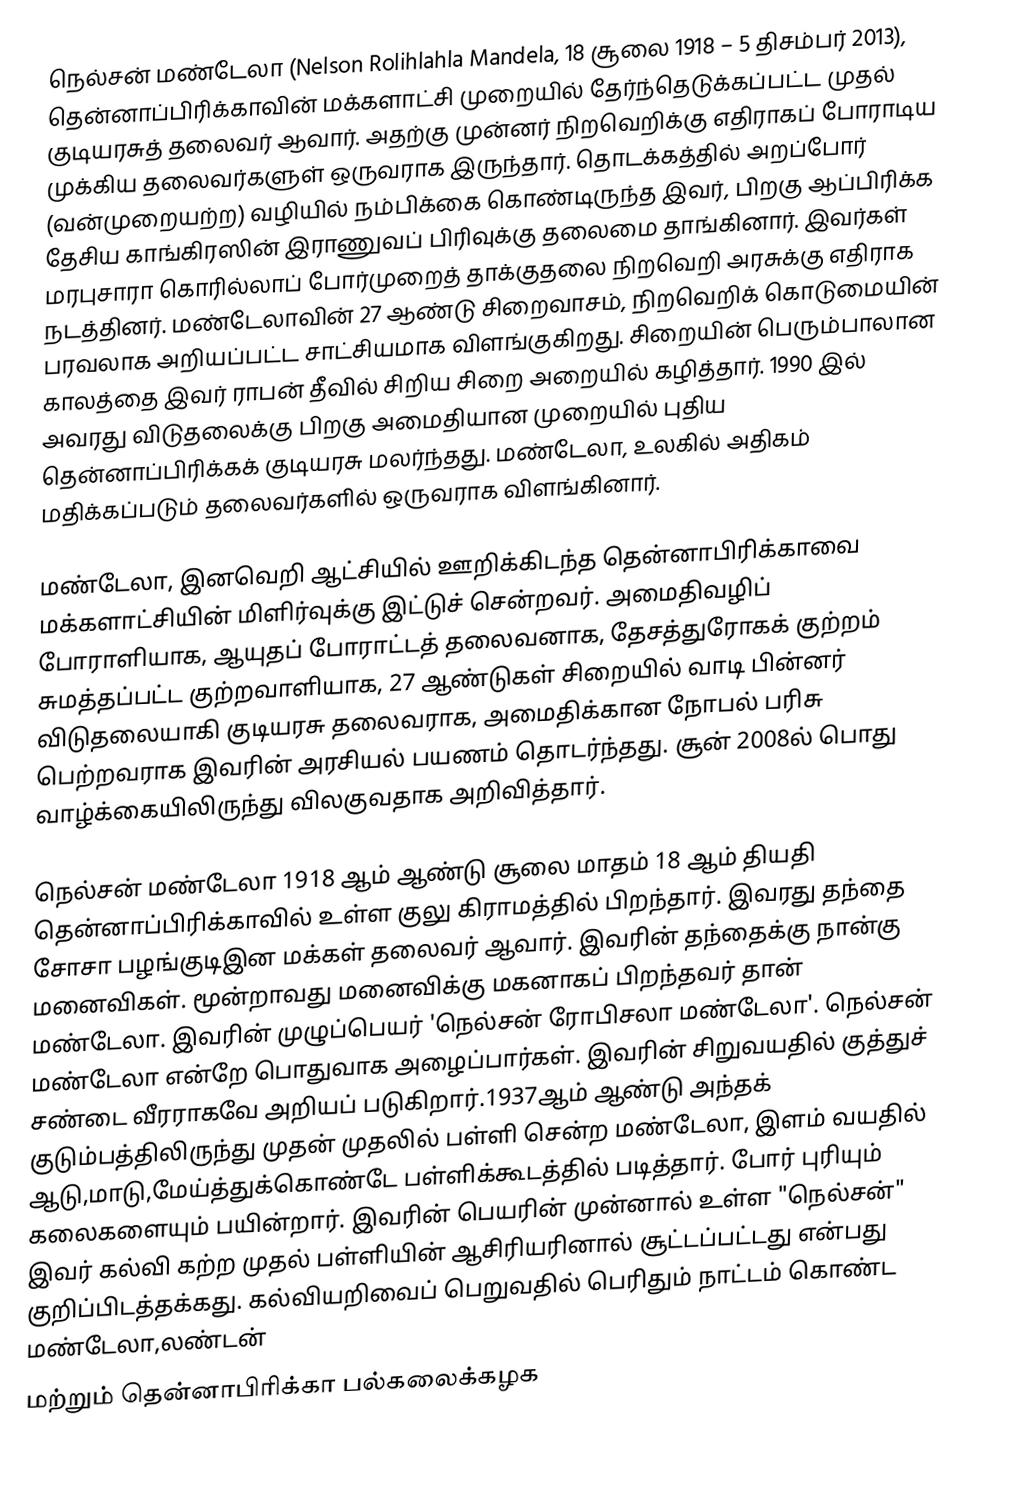
நெல்சன் மண்டேலா (Nelson Rolihlahla Mandela, 18 சூலை 1918 – 5 திசம்பர் 2013), தென்னாப்பிரிக்காவின் மக்களாட்சி முறையில் தேர்ந்தெடுக்கப்பட்ட முதல் குடியரசுத் தலைவர் ஆவார். அதற்கு முன்னர் நிறவெறிக்கு எதிராகப் போராடிய முக்கிய தலைவர்களுள் ஒருவராக இருந்தார். தொடக்கத்தில் அறப்போர் (வன்முறையற்ற) வழியில் நம்பிக்கை கொண்டிருந்த இவர், பிறகு  ஆப்பிரிக்க தேசிய காங்கிரஸின் இராணுவப் பிரிவுக்கு தலைமை தாங்கினார். இவர்கள் மரபுசாரா கொரில்லாப் போர்முறைத் தாக்குதலை நிறவெறி அரசுக்கு எதிராக நடத்தினர். மண்டேலாவின் 27 ஆண்டு சிறைவாசம், நிறவெறிக் கொடுமையின் பரவலாக அறியப்பட்ட சாட்சியமாக விளங்குகிறது. சிறையின் பெரும்பாலான காலத்தை இவர் ராபன் தீவில் சிறிய சிறை அறையில் கழித்தார். 1990 இல் அவரது விடுதலைக்கு பிறகு அமைதியான முறையில் புதிய தென்னாப்பிரிக்கக் குடியரசு மலர்ந்தது. மண்டேலா, உலகில் அதிகம் மதிக்கப்படும் தலைவர்களில் ஒருவராக விளங்கினார்.

மண்டேலா, இனவெறி ஆட்சியில் ஊறிக்கிடந்த தென்னாபிரிக்காவை மக்களாட்சியின் மிளிர்வுக்கு இட்டுச் சென்றவர். அமைதிவழிப் போராளியாக, ஆயுதப் போராட்டத் தலைவனாக, தேசத்துரோகக் குற்றம் சுமத்தப்பட்ட குற்றவாளியாக, 27 ஆண்டுகள் சிறையில் வாடி பின்னர் விடுதலையாகி குடியரசு தலைவராக, அமைதிக்கான நோபல் பரிசு பெற்றவராக இவரின் அரசியல் பயணம் தொடர்ந்தது. சூன் 2008ல் பொது வாழ்க்கையிலிருந்து விலகுவதாக அறிவித்தார்.

நெல்சன் மண்டேலா 1918 ஆம் ஆண்டு சூலை மாதம் 18 ஆம் தியதி தென்னாப்பிரிக்காவில் உள்ள குலு கிராமத்தில் பிறந்தார். இவரது தந்தை சோசா பழங்குடிஇன மக்கள் தலைவர் ஆவார். இவரின் தந்தைக்கு நான்கு மனைவிகள்.  மூன்றாவது மனைவிக்கு மகனாகப் பிறந்தவர் தான் மண்டேலா. இவரின் முழுப்பெயர் 'நெல்சன் ரோபிசலா மண்டேலா'. நெல்சன் மண்டேலா என்றே பொதுவாக அழைப்பார்கள். இவரின் சிறுவயதில் குத்துச் சண்டை வீரராகவே அறியப் படுகிறார்.1937ஆம் ஆண்டு அந்தக் குடும்பத்திலிருந்து  முதன் முதலில் பள்ளி சென்ற மண்டேலா, இளம் வயதில் ஆடு,மாடு,மேய்த்துக்கொண்டே பள்ளிக்கூடத்தில் படித்தார். போர் புரியும் கலைகளையும் பயின்றார். இவரின் பெயரின் முன்னால் உள்ள "நெல்சன்" இவர் கல்வி கற்ற முதல் பள்ளியின் ஆசிரியரினால் சூட்டப்பட்டது என்பது குறிப்பிடத்தக்கது. கல்வியறிவைப் பெறுவதில் பெரிதும் நாட்டம் கொண்ட மண்டேலா,லண்டன்
மற்றும் தென்னாபிரிக்கா பல்கலைக்கழக